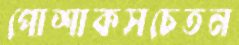
পোশাকসচেতন